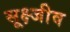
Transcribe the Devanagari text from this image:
सूक्ष्जीव